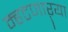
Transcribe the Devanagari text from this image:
म्हटणाऱ्या